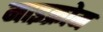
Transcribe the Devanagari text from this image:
माइक्रोम